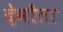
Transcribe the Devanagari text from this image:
देमोंता